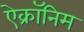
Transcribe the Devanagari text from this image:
ऐक्रॉनिम